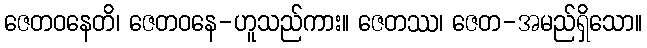
ဇေတဝနေတိ၊ ဇေတဝနေ-ဟူသည်ကား။ ဇေတဿ၊ ဇေတ-အမည်ရှိသော။